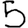
Digit: 5